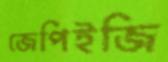
জেপিইজি